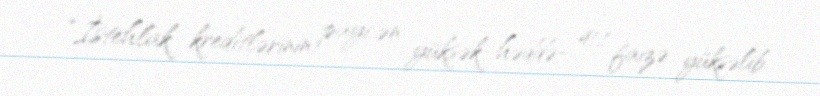
“İstehlak kreditlərinin payı ən yüksək həddə- 41,1 faizə yüksəlib.